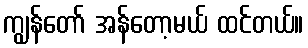
ကျွန်တော် အန်တော့မယ် ထင်တယ်။